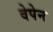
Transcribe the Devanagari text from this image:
वेपेन